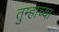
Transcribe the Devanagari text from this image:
तुम्हाच्या